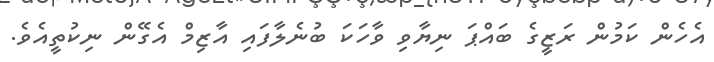
އެހެން ކަމުން ރަޒީގެ ބައްޕަ ނިޔާވި ވާހަކަ ބުނެލާފައި އާޒިމް އެގޭން ނިކުތީއެވެ.